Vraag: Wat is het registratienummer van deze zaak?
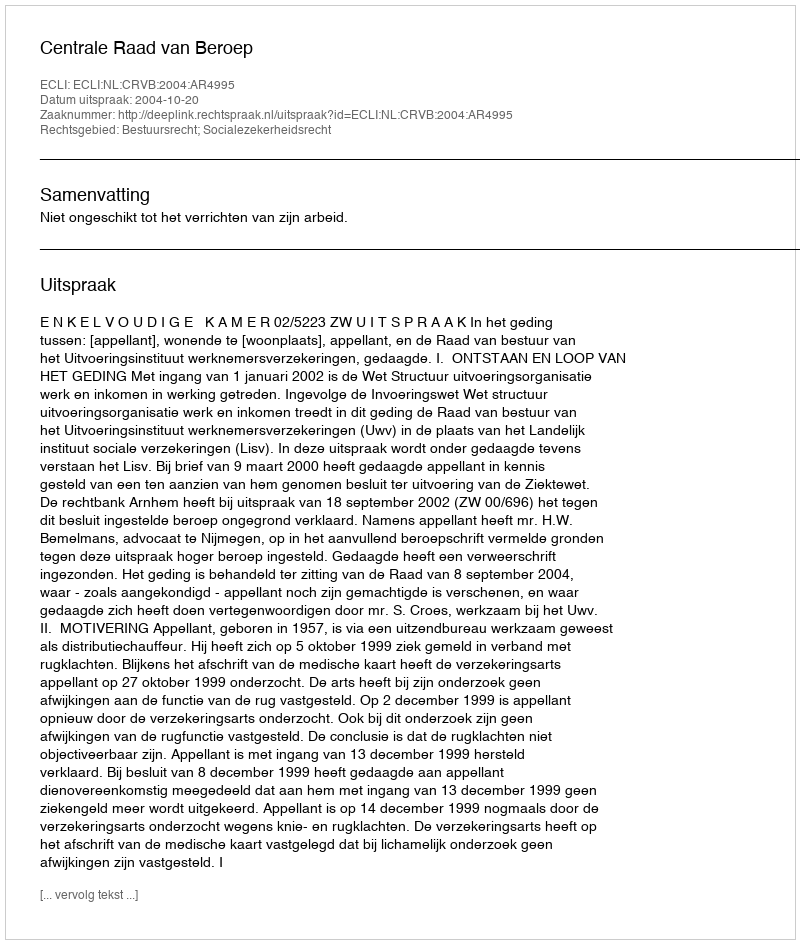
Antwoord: http://deeplink.rechtspraak.nl/uitspraak?id=ECLI:NL:CRVB:2004:AR4995